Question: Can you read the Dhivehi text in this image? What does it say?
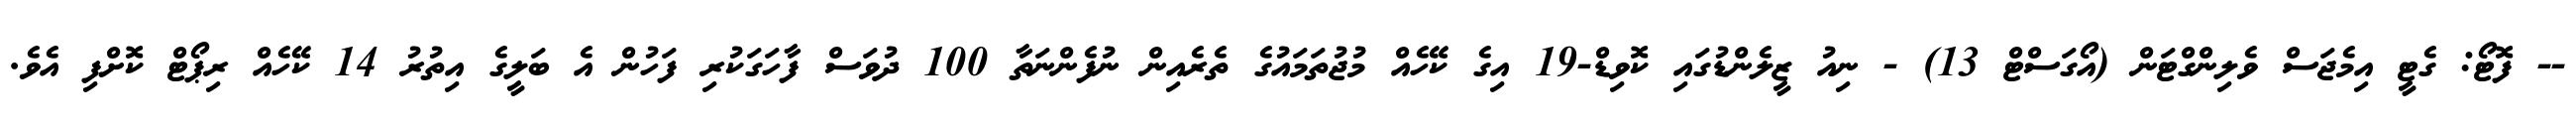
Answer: -- ފޮޓޯ: ގެޓީ އިމެޖަސް ވެލިންގްޓަން (އޯގަސްޓް 13) - ނިއު ޒީލެންޑުގައި ކޮވިޑް-19 އިގެ ކޭހެއް މުޖުތަމައުގެ ތެރެއިން ނުފެންނަތާ 100 ދުވަސް ފާހަގަކުރި ފަހުން އެ ބަލީގެ އިތުރު 14 ކޭހެއް ރިޕޯޓް ކޮށްފި އެވެ.